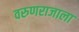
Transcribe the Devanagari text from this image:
वरुणराजाला